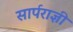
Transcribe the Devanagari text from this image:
सार्पराज्ञी